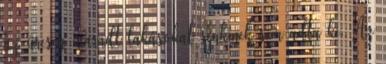
az üresen maradt lakásokat senkinek sem adta ki. Az